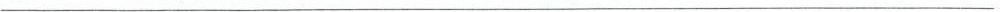
___